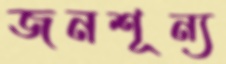
জনশূন্য